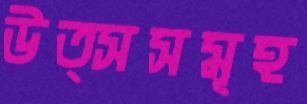
উত্সসমূহ